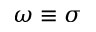
\omega \equiv \sigma